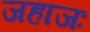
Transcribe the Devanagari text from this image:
जहाजः